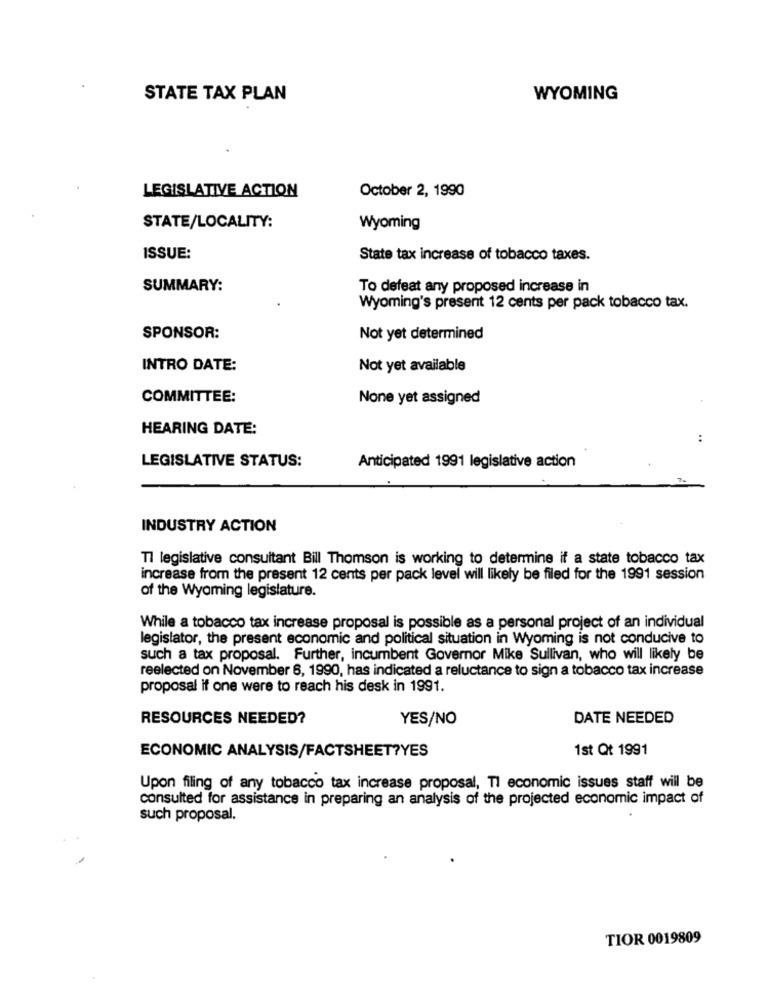
STATE TAX PLAN
WYOMING
October 2, 1990
LEGISLATIVE ACTION
STATE/LOCALITY:
Wyoming
ISSUE:
State tax increase of tobacco taxes.
SUMMARY:
To defeat any proposed increase in
Wyoming's present 12 cents per pack tobacco tax.
SPONSOR:
Not yet determined
INTRO DATE:
Not yet available
COMMITTEE:
None yet assigned
HEARING DATE:
:
LEGISLATIVE STATUS:
Anticipated 1991 legislative action
INDUSTRY ACTION
Tl legislative consultant Bill Thomson is working to determine if a state tobacco tax
increase from the present 12 cents per pack level will likely be filed for the 1991 session
of the Wyoming legislature.
While a tobacco tax increase proposal is possible as a personal project of an individual
legislator, the present economic and political situation in Wyoming is not conducive to
such a tax proposal. Further, incumbent Governor Mike Sullivan, who will likely be
reelected on November 6, 1990, has indicated a reluctance to sign a tobacco tax increase
proposal if one were to reach his desk in 1991.
RESOURCES NEEDED?
YES/NO
DATE NEEDED
1st Qt 1991
ECONOMIC ANALYSIS/FACTSHEET?YES
Upon filing of any tobacco tax increase proposal, TI economic issues staff will be
consulted for assistance in preparing an analysis of the projected economic impact of
such proposal.
TIOR 0019809